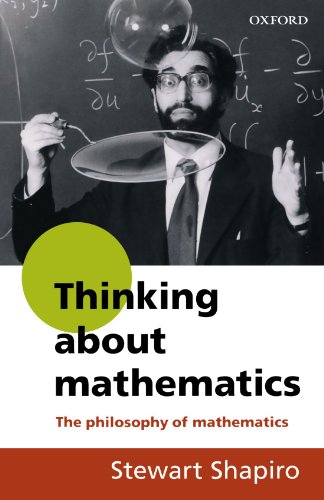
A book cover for Thinking about Mathematics: The Philosophy of Mathematics; Stewart Shapiro; Politics & Social Sciences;